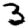
Digit: 3